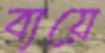
ব্যয়ে